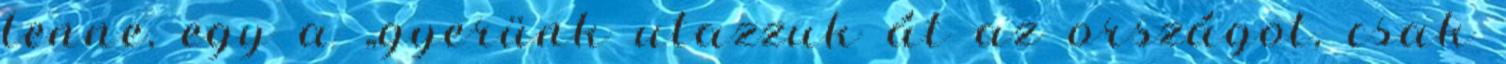
lenne, egy a „gyerünk utazzuk át az országot, csak